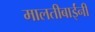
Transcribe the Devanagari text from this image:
मालतीबाईंनी